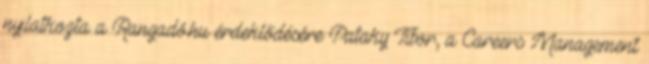
nyilatkozta a Rangadó.hu érdeklődésére Pataky Tibor, a Careers Management